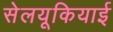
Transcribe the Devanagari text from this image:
सेलयूकियाई